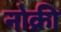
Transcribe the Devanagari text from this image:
नोक्री